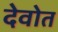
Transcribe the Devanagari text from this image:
देवोत